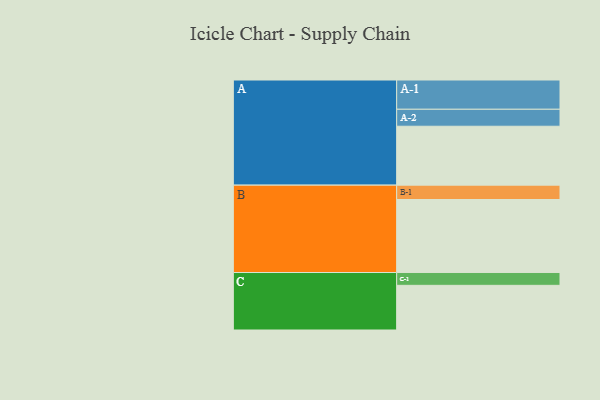
{"axis": {"x": "Segment", "y": "Value"}, "legend": ["", "A", "B", "C"], "data": [{"x": "A", "y": 451, "type": ""}, {"x": "B", "y": 559, "type": ""}, {"x": "C", "y": 342, "type": ""}, {"x": "A-1", "y": 224, "type": "A"}, {"x": "A-2", "y": 130, "type": "A"}, {"x": "B-1", "y": 110, "type": "B"}, {"x": "C-1", "y": 98, "type": "C"}]}